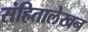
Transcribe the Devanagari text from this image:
संहितालेखन